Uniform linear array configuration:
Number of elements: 16
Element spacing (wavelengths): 0.25
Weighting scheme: hamming
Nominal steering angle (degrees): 45
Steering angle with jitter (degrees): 45.503
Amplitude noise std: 0.05
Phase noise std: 0.05

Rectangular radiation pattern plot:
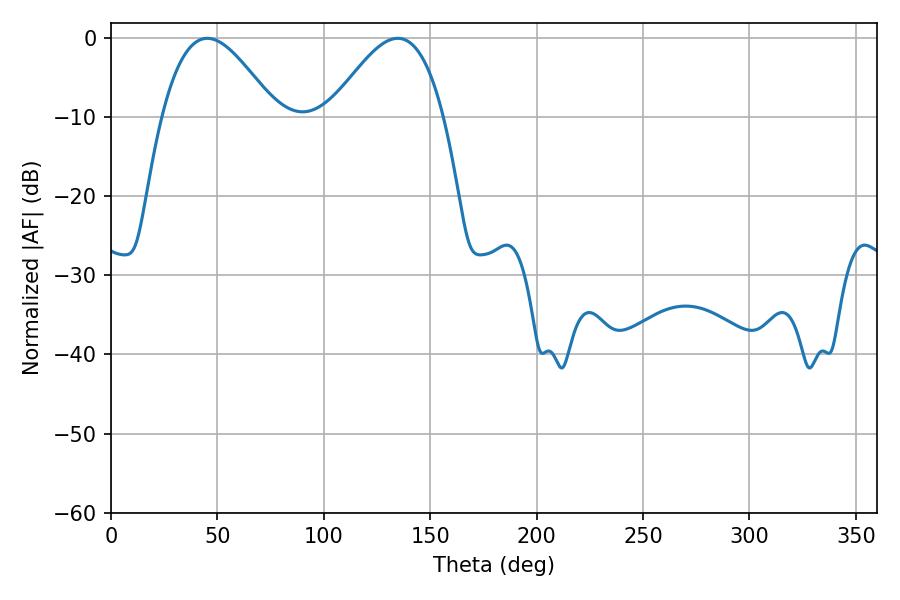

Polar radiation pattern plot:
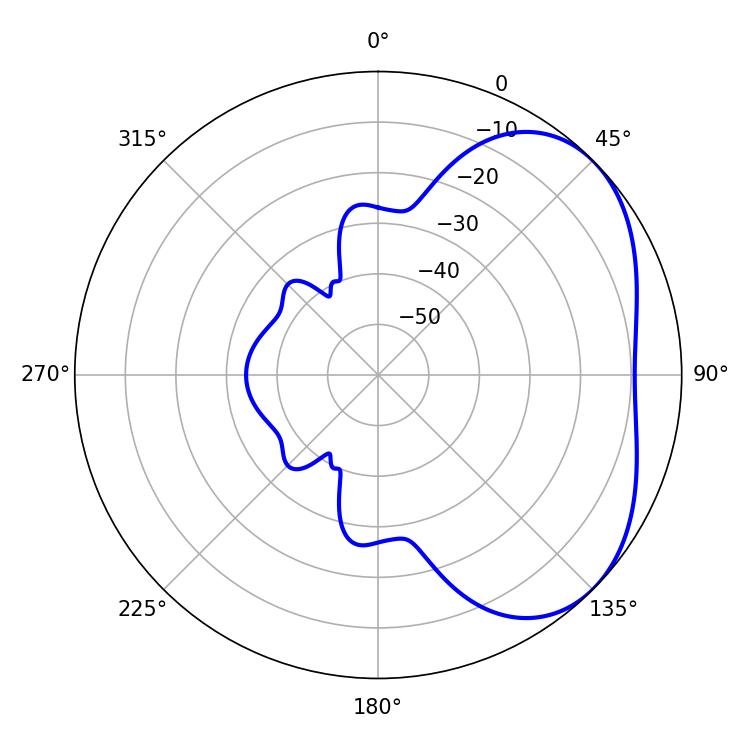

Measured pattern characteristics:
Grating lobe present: FALSE
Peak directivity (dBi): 3.747
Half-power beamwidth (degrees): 28.8
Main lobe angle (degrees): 45.18